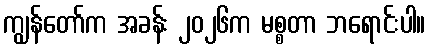
ကျွန်တော်က အခန်း ၂၀၂၆က မစ္စတာ ဘရောင်းပါ။